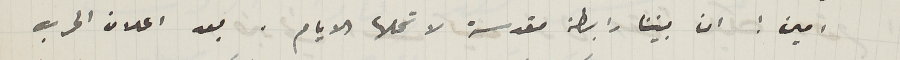
امين: ان بيننا رابطة مقدسة لا تحلها الايام. بعد اعلان الحرب